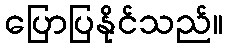
ပြောပြနိုင်သည်။